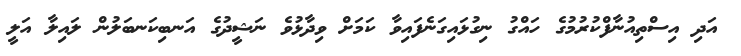
އަދި އިސްތިއުނާފްކުރުމުގެ ހައްގު ނިގުޅައިގަނެފައިވާ ކަމަށް ވިދާޅުވެ ނަޝީދުގެ އަނބިކަނބަލުން ލައިލާ އަލީ